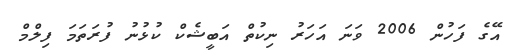
އޭގެ ފަހުން 2006 ވަނަ އަހަރު ނިކުތް އަބީޝެކް ކުޅުނު ފުރަތަމަ ފިލްމް